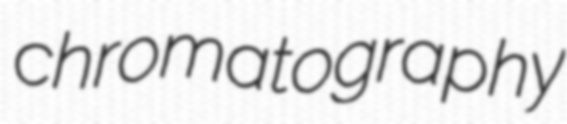
chromatography